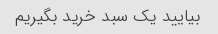
بیایید یک سبد خرید بگیریم